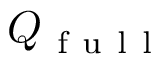
Q _ { \mathrm { ~ f ~ u ~ l ~ l ~ } }